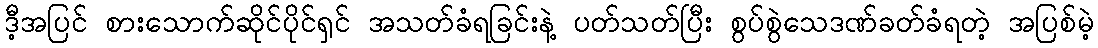
ဒီ့အပြင် စားသောက်ဆိုင်ပိုင်ရှင် အသတ်ခံရခြင်းနဲ့ ပတ်သတ်ပြီး စွပ်စွဲသေဒဏ်ခတ်ခံရတဲ့ အပြစ်မဲ့